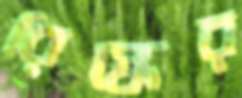
রিস্কের